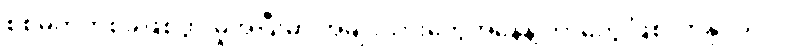
စစ်မက်တစ်ခုဖြစ်ပွားမှုအပြီးမှာ အမျိုးသားတွေအနေနဲ့ ဘာတွေ ဖြစ်လာနိုင်သလဲ။